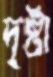
দৃষ্টা